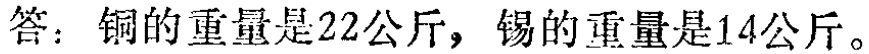
答：铜的重量是22公斤，锡的重量是14公斤。